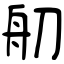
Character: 舠